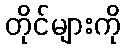
တိုင်များကို